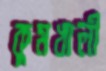
কুমখালী